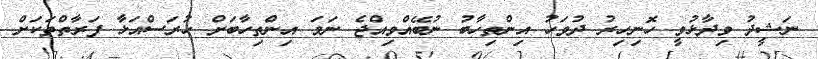
ނަޝީދު ވިދާޅުވީ ހޮނިހިރު ދުވަހު އިންތިހާބު ނުބޭއްވިއްޖެ ނަމަ އިންތިހާބަށް ހުރަސްއަޅާ ފަރާތްތަކަށް